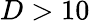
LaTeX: D>10